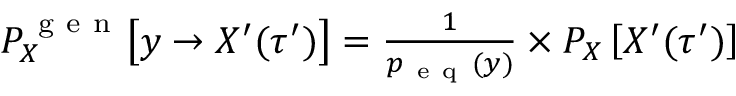
\begin{array} { r } { P _ { X } ^ { \mathrm { ~ g ~ e ~ n ~ } } \bigl [ y \to X ^ { \prime } ( \tau ^ { \prime } ) \bigr ] = \frac { 1 } { p _ { \mathrm { ~ e ~ q ~ } } ( y ) } \times P _ { X } \left[ X ^ { \prime } ( \tau ^ { \prime } ) \right] } \end{array}